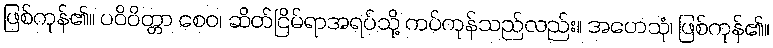
ဖြစ်ကုန်၏။ ပဝိဝိတ္တာ စေဝ၊ ဆိတ်ငြိမ်ရာအရပ်သို့ ကပ်ကုန်သည်လည်း။ အဟေသုံ၊ ဖြစ်ကုန်၏။